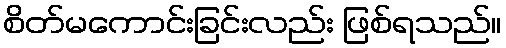
စိတ်မကောင်းခြင်းလည်း ဖြစ်ရသည်။